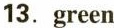
13.green